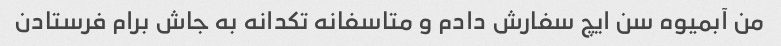
من آبمیوه سن ایچ سفارش دادم و متاسفانه تکدانه به جاش برام فرستادن